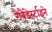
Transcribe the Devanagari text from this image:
गैबैंडेर्स्टाइने